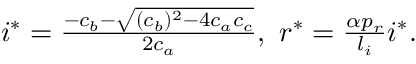
\begin{array} { r } { i ^ { * } = \frac { - c _ { b } - \sqrt { ( c _ { b } ) ^ { 2 } - 4 c _ { a } c _ { c } } } { 2 c _ { a } } , \ r ^ { * } = \frac { \alpha p _ { r } } { l _ { i } } i ^ { * } . } \end{array}